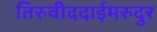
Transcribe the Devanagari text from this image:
तिरुवीददाईमरुदुर